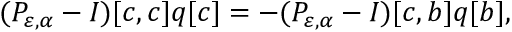
( P _ { \varepsilon , \alpha } - I ) [ c , c ] q [ c ] = - ( P _ { \varepsilon , \alpha } - I ) [ c , b ] q [ b ] ,